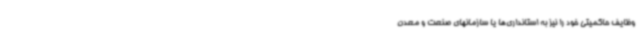
وظایف حاکمیتی خود را نیز به استانداری‌ها یا سازمانهای صنعت و معدن